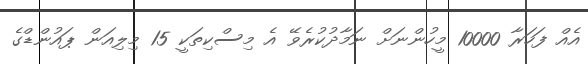
އެއް ފަހަރާ 10000 މީހުންނަށް ނަމާދުކުރެވޭ އެ މިސްކިތަކީ 15 މިލިއަން ޕައުންޑްގެ